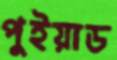
পুইয়াড